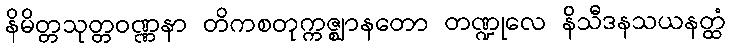
နိမိတ္တသုတ္တဝဏ္ဏနာ တိကစတုက္ကဇ္ဈာနတော တဏ္ဍုလေ နိသီဒနသယနတ္ထံ